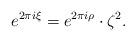
LaTeX: \begin{align*}e^{2 \pi i \xi} = e^{2 \pi i \rho} \cdot \zeta^2.\end{align*}